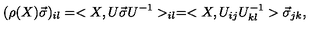
( \rho ( X ) \vec { \sigma } ) _ { i l } = < X , U \vec { \sigma } U ^ { - 1 } > _ { i l } = < X , U _ { i j } U _ { k l } ^ { - 1 } > \vec { \sigma } _ { j k } ,